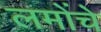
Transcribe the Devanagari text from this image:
लमोंचे